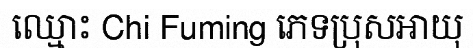
ឈ្មោះ Chi Fuming ភេទប្រុសអាយុ